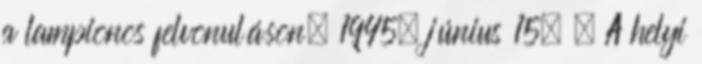
a lampionos felvonuláson. 1945. június 15. – A helyi